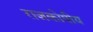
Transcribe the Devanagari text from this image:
राजकोषीय